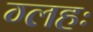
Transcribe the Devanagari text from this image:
ग्लहः